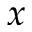
x